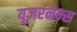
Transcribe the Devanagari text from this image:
यूज़रनेम्स